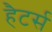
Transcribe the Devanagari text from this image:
हैटर्स